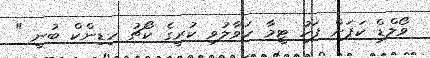
ވޯލްޑް ކަޕަށް ފަހު ޓީމާ ހަވާލުވި ކުރީގެ ކޯޗު ހިޑިންކް ބުނީ "